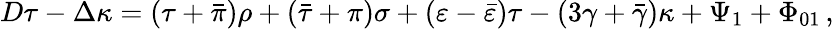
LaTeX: D\tau-\Delta\kappa=(\tau+{\bar{\pi}})\rho+({\bar{\tau}}+\pi)\sigma+(\varepsilon-{\bar{\varepsilon}})\tau-(3\gamma+{\bar{\gamma}})\kappa+\Psi_{1}+\Phi_{01}\, ,